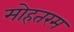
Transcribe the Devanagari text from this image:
मोहतरम